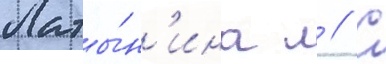
Латы́н'ина л // С